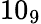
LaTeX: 10_{9}